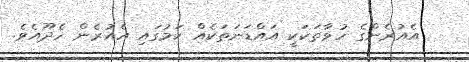
އެއުރެންގެ ހުވާތަކަކީ އައްޑަނަތަކެއް ކަމުގައި އެއުރެން ހެދޫއެވެ.